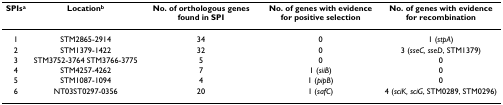
| SPIsa | Locationb | No. of orthologous genes found in SPI | No. of genes with evidence for positive selection | No. of genes with evidence for recombination |
 | --- | --- | --- | --- | --- |
 | 1 | STM2865-2914 | 34 | 0 | 1 (stpA) |
 | 2 | STM1379-1422 | 32 | 0 | 3 (sseC, sseD, STM1379) |
 | 3 | STM3752-3764 STM3766-3775 | 5 | 0 | 0 |
 | 4 | STM4257-4262 | 7 | 1 (siiB) | 0 |
 | 5 | STM1087-1094 | 4 | 1 (pipB) | 0 |
 | 6 | NT03ST0297-0356 | 20 | 1 (safC) | 4 (sciK, sciG, STM0289, STM0296) |